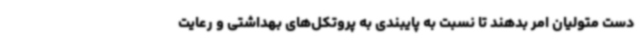
دست متولیان امر بدهند تا نسبت به پایبندی به پروتکل‌های بهداشتی و رعایت